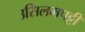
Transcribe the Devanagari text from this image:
उसिलमपट्टी